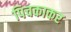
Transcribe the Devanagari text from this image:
पिचकाकर